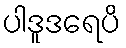
ပါဒူဒရေပိ